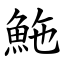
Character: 䰿